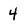
Character: 4